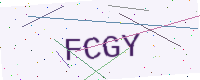
Text: FCGY